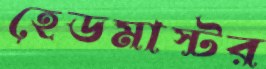
হেডমাস্টর